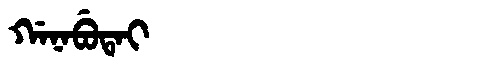
Manchu: ᡤᠠᠨᠠᠪᡠᡨᠠᡳ
Romanization: GANABUTAI